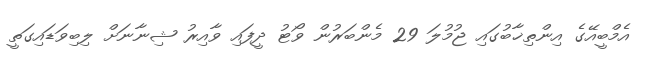
އެމްބީއޭގެ އިންތިޚާބުގައި ޖުމުލަ 29 މެންބަރުން ވޯޓު ދީފައި ވާއިރު ޝިނާނަށް ލިބިވަޑައިގަތީ